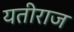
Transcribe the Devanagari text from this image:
यतीराज